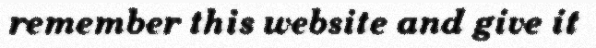
remember this website and give it